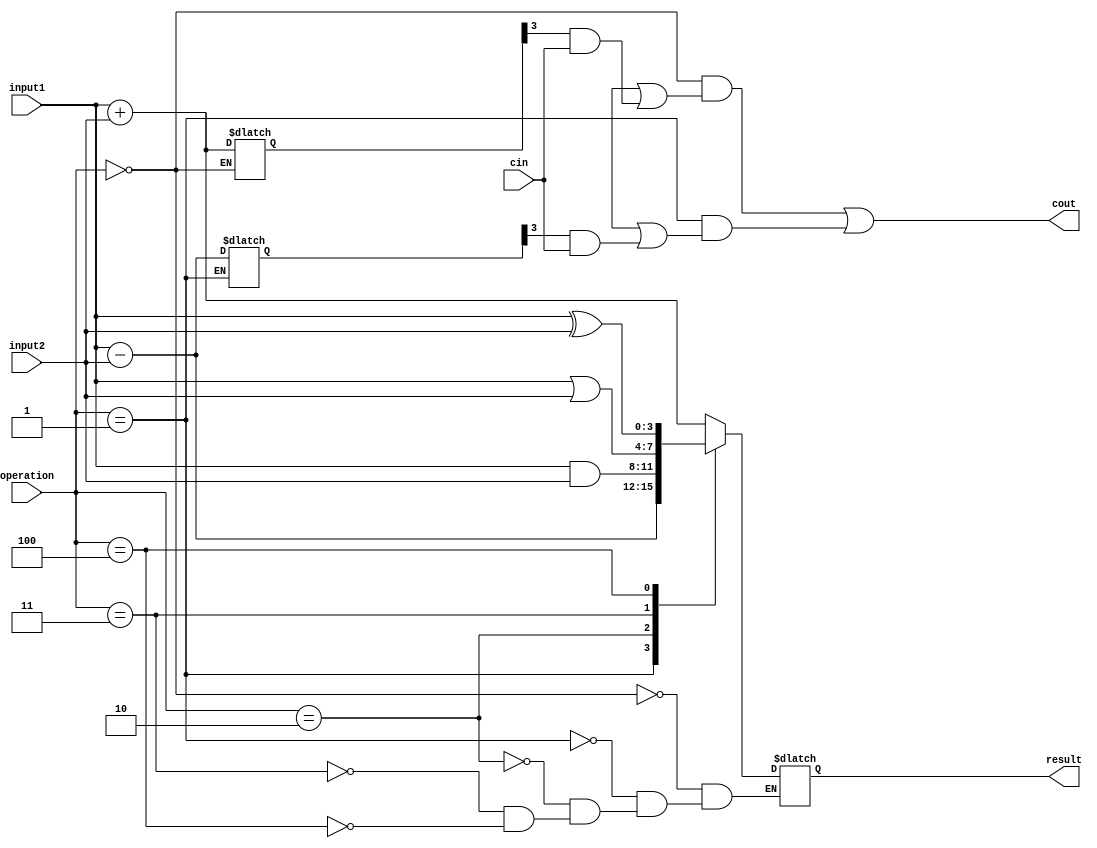
module ALU (
    input [3:0] input1,
    input [3:0] input2,
    input [2:0] operation,
    input cin,
    output reg [3:0] result,
    output cout
    );

reg [3:0] sum, difference, and_output, or_output, xor_output;

always @(*)
begin
    case(operation)
        3'b000: begin // Addition
            sum = input1 + input2;
            result = sum;
        end
        3'b001: begin // Subtraction
            difference = input1 - input2;
            result = difference;
        end
        3'b010: begin // AND
            and_output = input1 & input2;
            result = and_output;
        end
        3'b011: begin // OR
            or_output = input1 | input2;
            result = or_output;
        end
        3'b100: begin // XOR
            xor_output = input1 ^ input2;
            result = xor_output;
        end
    endcase
end

assign cout = (operation == 3'b000 && (sum[4] || (sum[3] && cin))) ||
              (operation == 3'b001 && (difference[4] || (difference[3] && cin)));
              
endmodule